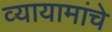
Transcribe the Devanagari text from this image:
व्यायामांचे